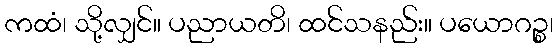
ကထံ၊ သို့လျှင်။ ပညာယတိ၊ ထင်သနည်း။ ပယောဂဉ္စ၊